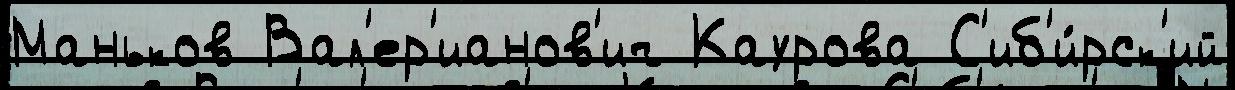
Маньков Вал'ер'ианов'ич Каурова С'иб'и́рск'ий